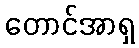
တောင်အာရှ